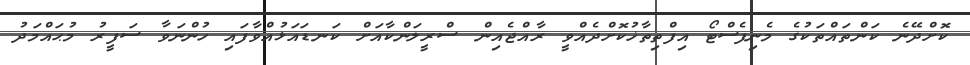
ކޮށްދޭނެ ކަންތައްތަކުގެ މެނިފެސްޓޯ އިފްތިތާޚުކޮށްދެއްވީ ރާއްޖެއިން ސްރީލަންކާއަށް ކަނޑައަޅުއްވާފައި ހުންނަވާ ސަފީރު މުޙައްމަދު